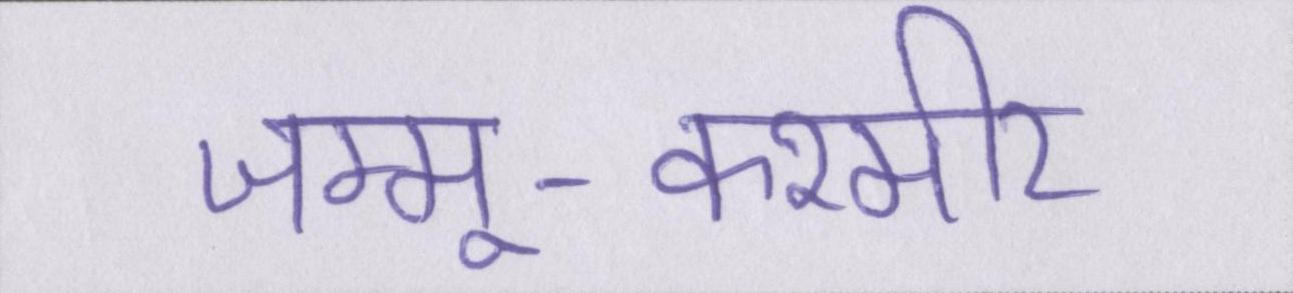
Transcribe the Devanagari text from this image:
जम्मू-कश्मीर